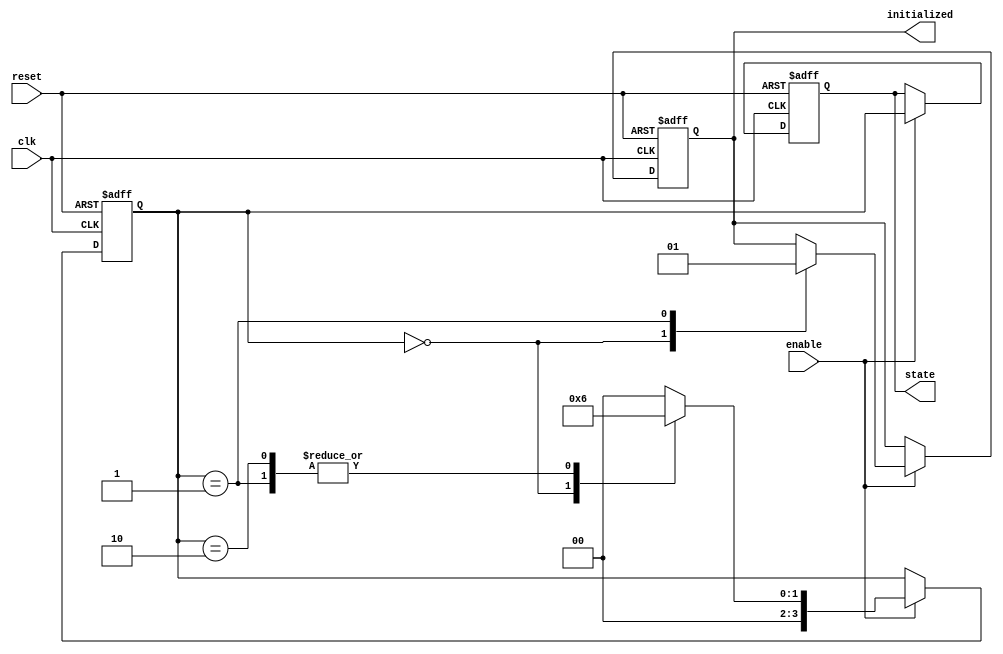
module ClockCycleInitialization (
    input wire clk,          // Clock signal
    input wire reset,        // Reset signal (active-high)
    input wire enable,       // Enable signal
    output reg initialized,   // Initialization status output
    output reg [3:0] state   // Current state output (4-bit state representation)
);

// State encoding (example states)
localparam IDLE    = 4'b0000;
localparam INIT    = 4'b0001;
localparam READY   = 4'b0010;

// Internal state variable
reg [3:0] current_state;

// Initialization process
always @(posedge clk or posedge reset) begin
    if (reset) begin
        // Reset all outputs and states to default
        current_state <= IDLE;
        state <= IDLE;
        initialized <= 0;
    end else if (enable) begin
        // State transition logic
        case (current_state)
            IDLE: begin
                current_state <= INIT; // Move to INIT state
                initialized <= 0; // Not initialized yet
            end
            INIT: begin
                // Perform initialization tasks (if any)
                current_state <= READY; // Move to READY state
                initialized <= 1; // Indicate initialization is complete
            end
            READY: begin
                // System is ready, hold the state
                current_state <= READY; // Remain in READY state
            end
            default: begin
                current_state <= IDLE; // Default to IDLE state
            end
        endcase

        // Update the state output
        state <= current_state;
    end
end

endmodule